Indian journal of veterinary science and animal husbandry - Volumes 18-21, 1948-1951
Year: 1948
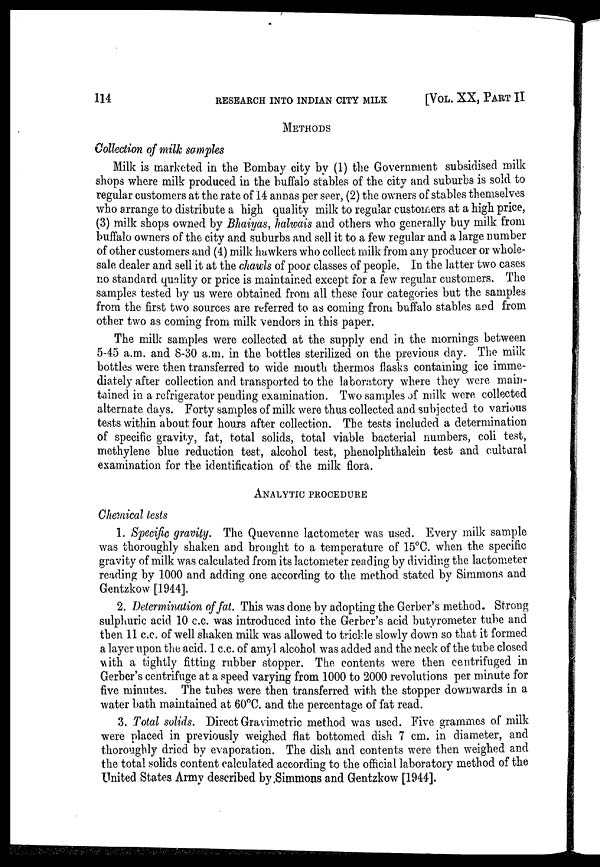
114 RESEARCH INTO INDIAN CITY MILK [VOL. XX, P
METHODS
Collection of milk samples
Milk is marketed in the Bombay city by (1) the Government subsidised milk
shops where milk produced in the buffalo stables of the city and suburbs is sold to
regular customers at the rate of 14 annas per seer, (2) the owners of stables themselves
who arrange to distribute a high quality milk to regular customers at a high price,
(3) milk shops owned by Bhaiyas, halwais and others who generally buy milk from
buffalo owners of the city and suburbs and sell it to a few regular and a large number
of other customers and (4) milk hawkers who collect milk from any producer or whole-
sale dealer and sell it at the chawls of poor classes of people. In the latter two cases
no standard quality or price is maintained except for a few regular customers. The
samples tested by us were obtained from all these four categories but the samples
from the first two sources are referred to as coming from buffalo stables and from
other two as coming from milk vendors in this paper.
The milk samples were collected at the supply end in the mornings between
5-45 a.m. and 8-30 a.m. in the bottles sterilized on the previous day. The milk
bottles were then transferred to wide mouth thermos flasks containing ice imme-
diately after collection and transported to the laboratory where they were main-
tained in a refrigerator pending examination. Two samples of milk were collected
alternate days. Forty samples of milk were thus collected and subjected to various
tests within about four hours after collection. The tests included a determination
of specific gravity, fat, total solids, total viable bacterial numbers, coli test,
methylene blue reduction test, alcohol test, phenolphthalein test and cultural
examination, for the identification of the milk flora.
ANALYTIC PROCEDURE
Chemical tests
1. Specific gravity. The Quevenne lactometer was used. Every milk sample
was thoroughly shaken and brought to a temperature of 15°C. when the specific
gravity of milk was calculated from its lactometer reading by dividing the lactometer
reading by 1000 and adding one according to the method stated by Simmons and
Gentzkow [1944].
2. Determination of fat. This was done by adopting the Gerber's method. Strong
sulphuric acid 10 c.c. was introduced into the Gerber's acid butyrometer tube and
then 11 c.c. of well shaken milk was allowed to trickle slowly down so that it formed
a layer upon the acid. 1 c.c. of amyl alcohol was added and the neck of the tube closed
with a tightly fitting rubber stopper. The contents were then centrifuged in
Gerber's centrifuge at a speed varying from 1000 to 2000 revolutions per minute for
five minutes. The tubes were then transferred with the stopper downwards in a
water bath maintained at 60°C. and the percentage of fat read.
3. Total solids. Direct Gravimetric method was used. Five grammes of milk
were placed in previously weighed fiat bottomed dish 7 cm. in diameter, and
thoroughly dried by evaporation. The dish and contents were then weighed and
the total solids content calculated according to the official laboratory method of the
United States Army described by Simmons and Gentzkow [1944].